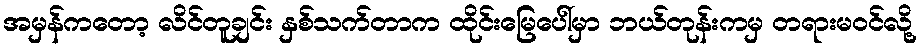
အမှန်ကတော့ လိင်တူချင်း နှစ်သက်တာက ထိုင်းမြေပေါ်မှာ ဘယ်တုန်းကမှ တရားမဝင်လို့